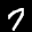
Digit: 7